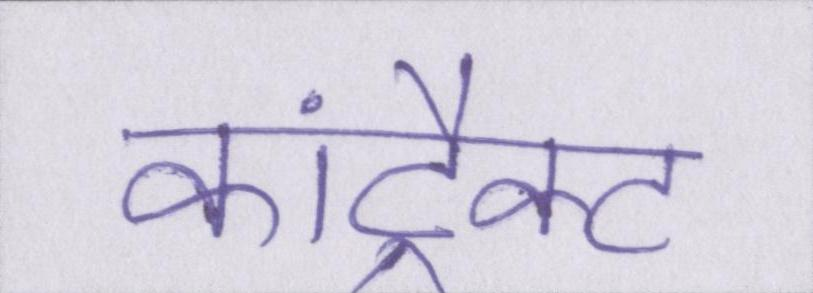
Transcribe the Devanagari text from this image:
कांट्रैक्ट